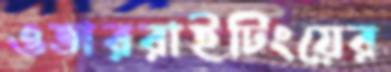
ওভাররাইটিংয়ের